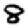
Digit: 8